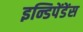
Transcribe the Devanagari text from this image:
इन्डिपेंडेंस